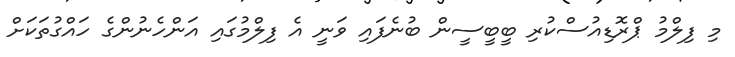
މި ފިލްމު ޕްރޮޑިއުސްކުރި ބީބީސީން ބުނެފައި ވަނީ އެ ފިލްމުގައި އަންހެނުންގެ ހައްގުތަކަށް